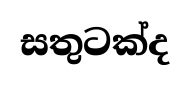
සතුටක්ද